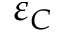
\varepsilon _ { C }